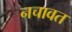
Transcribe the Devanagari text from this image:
नचावत